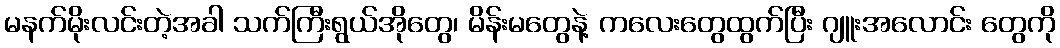
မနက်မိုးလင်းတဲ့အခါ သက်ကြီးရွယ်အိုတွေ၊ မိန်းမတွေနဲ့ ကလေးတွေထွက်ပြီး ဂျူးအလောင်း တွေကို